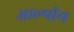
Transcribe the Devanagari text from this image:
आल्पीय